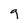
Character: 9